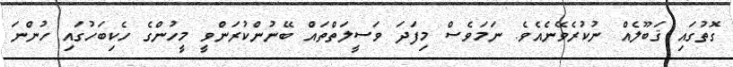
ގޮތުގައި ޤަބޫލެއް ނުކުރެވޭނެއެވެ. ނަމަވެސް މިފަދަ ވަސީލަތްތައް ބޭނުންކުރަންވީ މީހުންގެ ހެކިބަހުގައި ހުންނަ